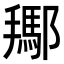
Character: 𨞲